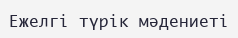
Ежелгі түрік мәдениеті